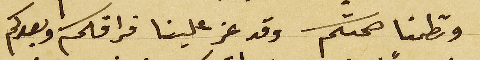
وتطمنا صحتكم وقد عز علينا فراقكم وبعدكم